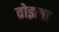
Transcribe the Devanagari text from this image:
वोइला